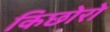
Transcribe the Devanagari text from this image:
किछोरो